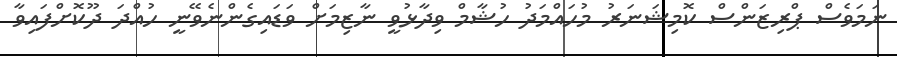
ނަމަވެސް ޕްރިޒަންސް ކޮމިޝަނަރު މުހައްމަދު ހުޝާމް ވިދާޅުވީ ނާޒިމަށް ވަަޑައިގެންނެވޭނީ ހުއްދަ ދޫކޮށްފައިވާ